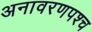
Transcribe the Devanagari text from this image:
अनावरणपश्च